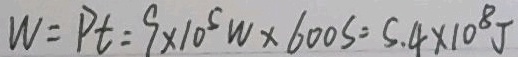
W = P t = 9 \times 1 0 ^ { 5 } w \times 6 0 0 s = 5 . 4 \times 1 0 ^ { 8 } J